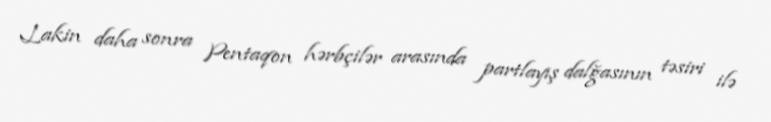
Lakin daha sonra Pentaqon hərbçilər arasında partlayış dalğasının təsiri ilə